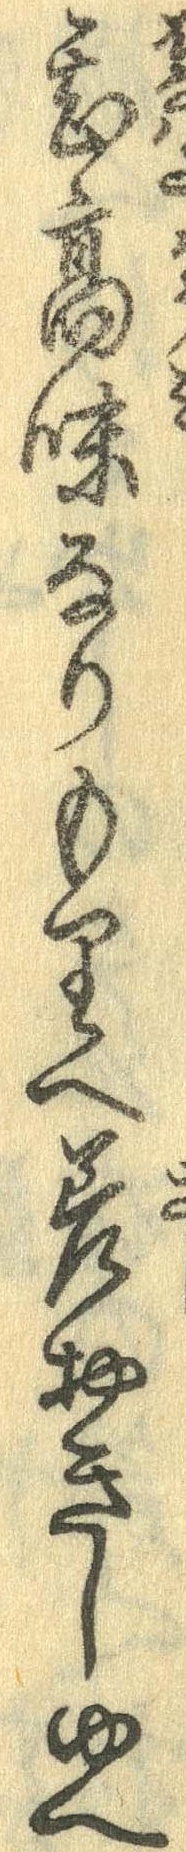
甚高味なりもりへ差おきしゆへ